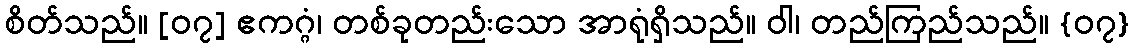
စိတ်သည်။ [၀၇] ဧကဂ္ဂံ၊ တစ်ခုတည်းသော အာရုံရှိသည်။ ဝါ၊ တည်ကြည်သည်။ {၀၇}